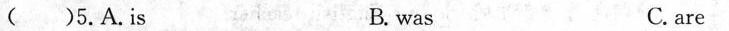
( )5.A.Is B. was C. are